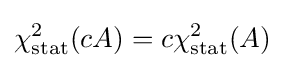
\chi _{\text{stat}}^{2}(cA)=c\chi _{\text{stat}}^{2}(A)